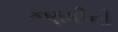
કણકીની